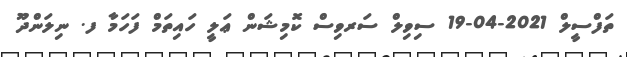
ތަފްސީލް 2021-04-19 ސިވިލް ސަރވިސް ކޮމިޝަން ޢަލީ ހައިތަމް ފަހަމާ ފ. ނިލަންދޫ